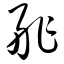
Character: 舴